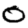
Digit: 0